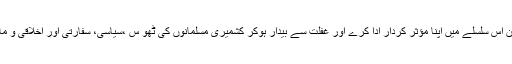
حکومت پاکستان اس سلسلے میں اپنا مؤثر کردار ادا کرے اور غفلت سے بیدار ہوکر کشمیری مسلمانوں کی ٹھو س ،سیاسی، سفارتی اور اخلاقی و مادی مدد کرے ۔